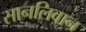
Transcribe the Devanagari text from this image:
सानलिवान